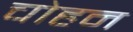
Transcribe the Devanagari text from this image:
चोहन